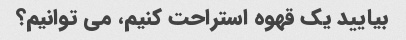
بیایید یک قهوه استراحت کنیم، می توانیم؟